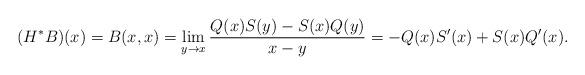
LaTeX: \begin{align*}(H^*B)(x)=B(x,x)=\lim_{y\to x}\frac{Q(x)S(y)-S(x)Q(y)}{x-y}= -Q(x)S'(x)+S(x)Q'(x).\end{align*}